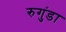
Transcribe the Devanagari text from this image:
रुगुंडा